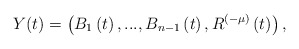
\begin{align*}Y(t)=\left(B_1\left(t\right),...,B_{n-1}\left(t\right),R^{(-\mu)}\left(t\right)\right),\end{align*}